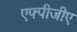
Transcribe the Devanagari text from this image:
एफ्पीजीए